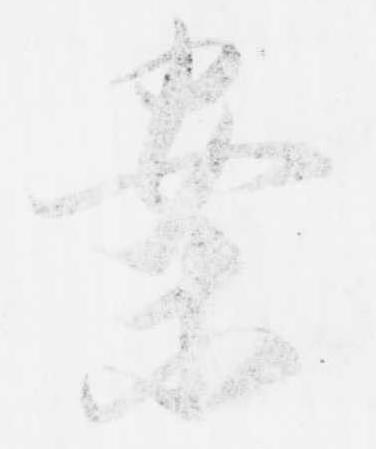
案